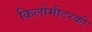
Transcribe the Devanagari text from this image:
किलोमीटरकी